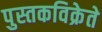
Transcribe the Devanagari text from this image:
पुस्तकविक्रेते